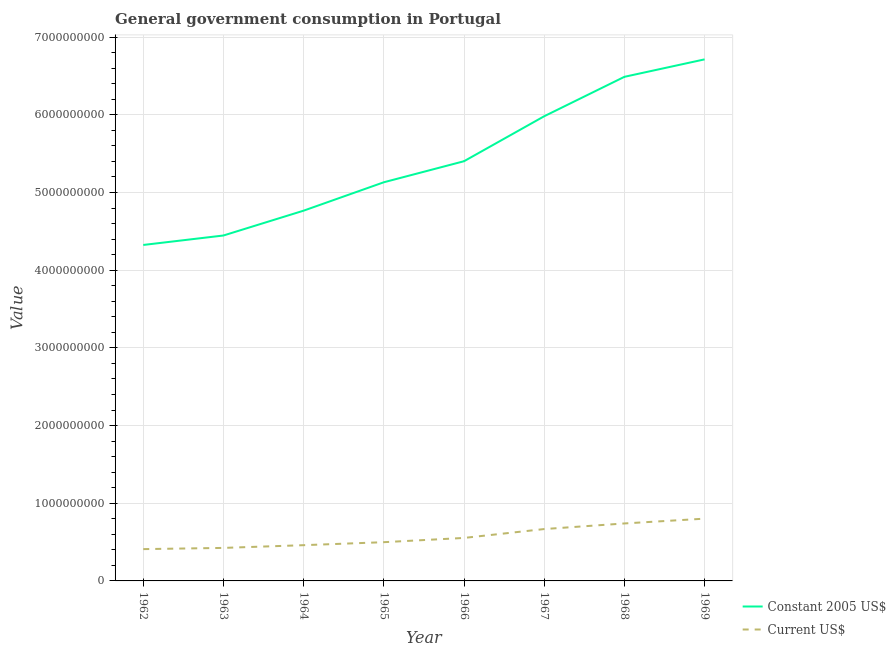
| Year | Constant 2005 US$ | Current US$ |
 | --- | --- | --- |
 | 1962 | 4.32e+09 | 4.09e+08 |
 | 1963 | 4.45e+09 | 4.25e+08 |
 | 1964 | 4.77e+09 | 4.6e+08 |
 | 1965 | 5.13e+09 | 4.99e+08 |
 | 1966 | 5.4e+09 | 5.53e+08 |
 | 1967 | 5.98e+09 | 6.68e+08 |
 | 1968 | 6.49e+09 | 7.4e+08 |
 | 1969 | 6.71e+09 | 8.02e+08 |